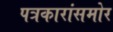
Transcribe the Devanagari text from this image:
पत्रकारांसमोर